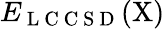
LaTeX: E_{\mathrm{~L~C~C~S~D~}}(\mathrm{X})